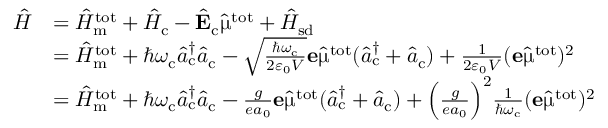
\begin{array} { r l } { \hat { H } } & { = \hat { H } _ { \mathrm { m } } ^ { \mathrm { t o t } } + \hat { H } _ { \mathrm { c } } - \hat { \mathrm { \mathbf { E } } } _ { \mathrm { c } } \hat { \mathbf { \upmu } } ^ { \mathrm { t o t } } + \hat { H } _ { \mathrm { s d } } } \\ & { = \hat { H } _ { \mathrm { m } } ^ { \mathrm { t o t } } + \hbar \omega _ { \mathrm { c } } \hat { a } _ { \mathrm { c } } ^ { \dagger } \hat { a } _ { \mathrm { c } } - \sqrt { \frac { \hbar \omega _ { \mathrm { c } } } { 2 \varepsilon _ { 0 } V } } \mathbf { e } \hat { \mathbf { \upmu } } ^ { \mathrm { t o t } } ( \hat { a } _ { \mathrm { c } } ^ { \dagger } + \hat { a } _ { \mathrm { c } } ) + \frac { 1 } { 2 \varepsilon _ { 0 } V } ( \mathbf { e } \hat { \mathbf { \upmu } } ^ { \mathrm { t o t } } ) ^ { 2 } } \\ & { = \hat { H } _ { \mathrm { m } } ^ { \mathrm { t o t } } + \hbar \omega _ { \mathrm { c } } \hat { a } _ { \mathrm { c } } ^ { \dagger } \hat { a } _ { \mathrm { c } } - \frac { g } { e a _ { 0 } } \mathbf { e } \hat { \mathbf { \upmu } } ^ { \mathrm { t o t } } ( \hat { a } _ { \mathrm { c } } ^ { \dagger } + \hat { a } _ { \mathrm { c } } ) + \Big ( \frac { g } { e a _ { 0 } } \Big ) ^ { 2 } \frac { 1 } { \hbar \omega _ { \mathrm { c } } } ( \mathbf { e } \hat { \mathbf { \upmu } } ^ { \mathrm { t o t } } ) ^ { 2 } } \end{array}